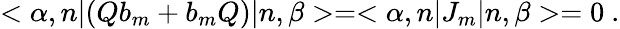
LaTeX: <\alpha,n|(Qb_{m}+b_{m}Q)|n,\beta>=<\alpha,n|J_{m}|n,\beta>=0~.